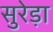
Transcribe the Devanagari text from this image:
सुरेड़ा